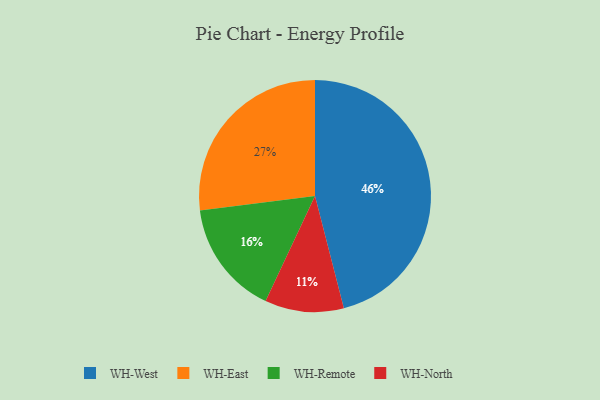
{"axis": {"x": "Category", "y": "Percentage"}, "legend": ["WH-East", "WH-North", "WH-Remote", "WH-West"], "data": [{"x": "WH-Remote", "y": 16, "type": "WH-Remote"}, {"x": "WH-East", "y": 27, "type": "WH-East"}, {"x": "WH-North", "y": 11, "type": "WH-North"}, {"x": "WH-West", "y": 46, "type": "WH-West"}]}